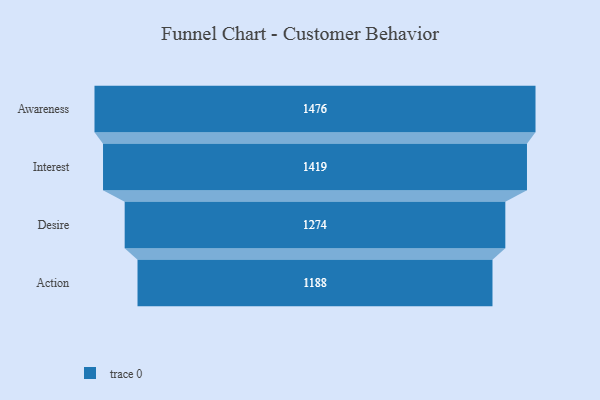
{"axis": {"x": "Stage", "y": "Value"}, "legend": [""], "data": [{"x": "Awareness", "y": 1476.0, "type": ""}, {"x": "Interest", "y": 1419.0, "type": ""}, {"x": "Desire", "y": 1274.0, "type": ""}, {"x": "Action", "y": 1188.0, "type": ""}]}